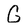
Character: G